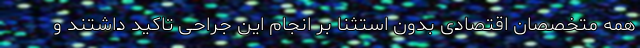
همه متخصصان اقتصادی بدون استثنا بر انجام این جراحی تاکید داشتند و